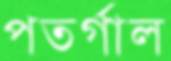
পতর্গাল